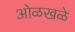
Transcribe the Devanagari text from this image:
ओळखळे